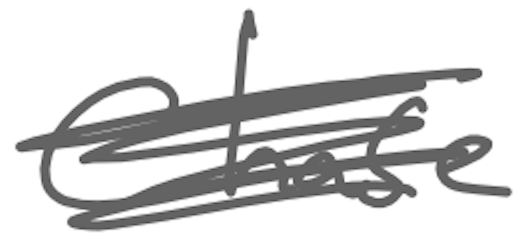
Text: Chase
Cross-out: scratch
Writing tool: digital_gray